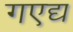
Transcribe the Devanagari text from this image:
गएद्य